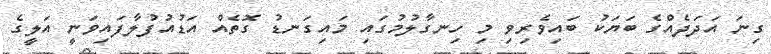
ގިނަ އަދަދެއްގެ ބަޔަކު ބައިވެރިވި މި ހިނގާލުމުގައި މައިގަނޑު ގޮތެއް އަޑުއުފުލާފައިވަނީ އަލީގެ